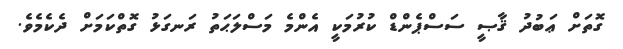
ގޮތަށް ޢަބުދު ޤާޞީ ސަސްޕެންޑް ކުރުމަކީ އެންމެ މަސްލަޙަތު ރަނގަޅު ގޮތްކަމަށް ދެކެމެވެ.